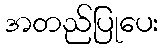
အတည်ပြုပေး